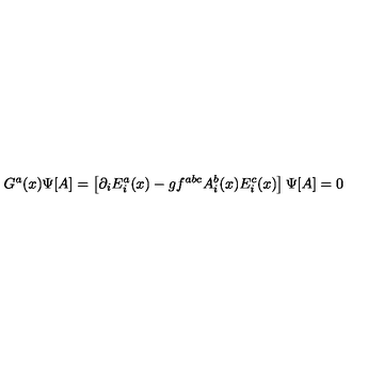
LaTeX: G ^ { a } ( x ) \Psi [ A ] = \left[ \partial _ { i } E _ { i } ^ { a } ( x ) - g f ^ { a b c } A _ { i } ^ { b } ( x ) E _ { i } ^ { c } ( x ) \right] \Psi [ A ] = 0